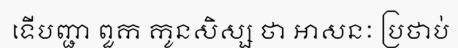
ទើបញ្ជា ពួក កូនសិស្ស ថា អាសនៈ ប្រថាប់